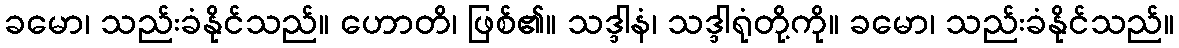
ခမော၊ သည်းခံနိုင်သည်။ ဟောတိ၊ ဖြစ်၏။ သဒ္ဒါနံ၊ သဒ္ဒါရုံတို့ကို။ ခမော၊ သည်းခံနိုင်သည်။